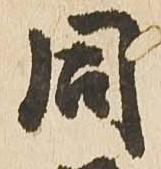
同